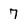
Character: 7